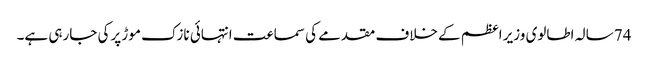
74 سالہ اطالوی وزیر اعظم کے خلاف مقدمے کی سماعت انتہائی نازک موڑ پرکی جارہی ہے۔